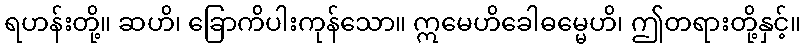
ရဟန်းတို့။ ဆဟိ၊ ခြောက်ိပါးကုန်သော။ ဣမေဟိခေါဓမ္မေဟိ၊ ဤတရားတို့နှင့်။